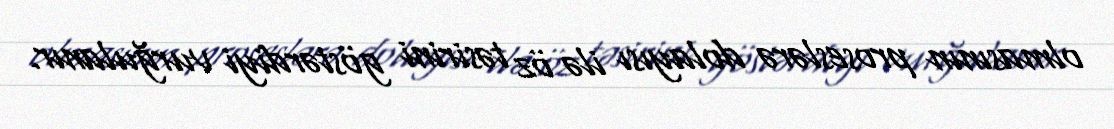
olmasının proseslərə dolayısı ilə öz təsirini göstərdiyi vurğulanır.